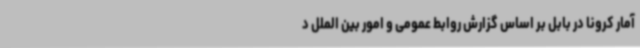
آمار کرونا در بابل بر اساس گزارش روابط‌ عمومی و امور بین ‌الملل د